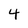
Character: 4